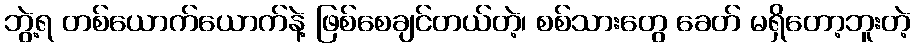
ဘွဲ့ရ တစ်ယောက်ယောက်နဲ့ ဖြစ်စေချင်တယ်တဲ့၊ စစ်သားတွေ ခေတ် မရှိတော့ဘူးတဲ့